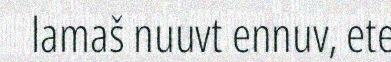
lamaš nuuvt ennuv, ete